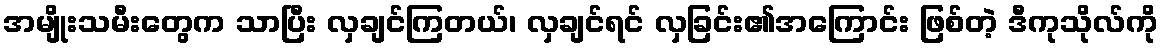
အမျိုးသမီးတွေက သာပြီး လှချင်ကြတယ်၊ လှချင်ရင် လှခြင်း၏အကြောင်း ဖြစ်တဲ့ ဒီကုသိုလ်ကို